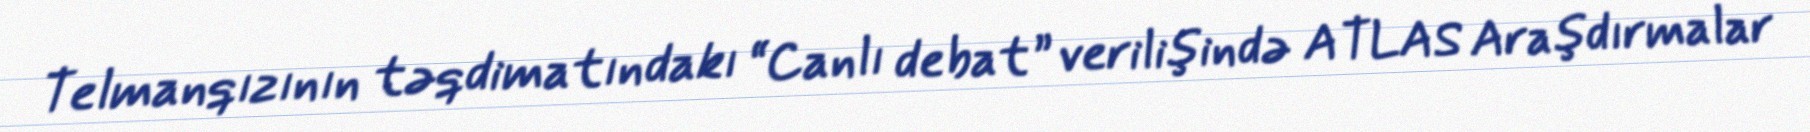
Telmanqızının təqdimatındakı “Canlı debat” verilişində ATLAS Araşdırmalar